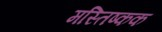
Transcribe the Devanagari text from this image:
मस्तिष्कक